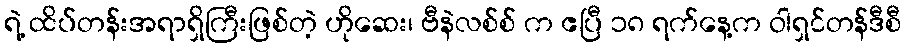
ရဲ့ ထိပ်တန်းအရာရှိကြီးဖြစ်တဲ့ ဟိုဆေး၊ ဗီနဲလစ်စ် က ဧပြီ ၁၈ ရက်နေ့က ဝါရှင်တန်ဒီစီ